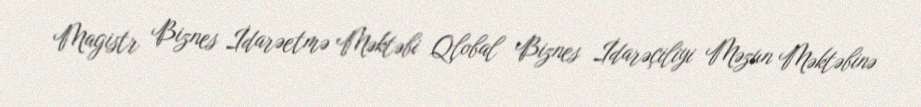
Magistr Biznes İdarəetmə Məktəbi Qlobal Biznes İdarəçiliyi Məzun Məktəbinə